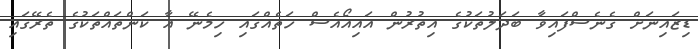
ޑިޒައިނަށް ގެނެސްފައިވާ ބަދަލުތަކުގެ އިތުރުން އައިއޯއެސް ހަތެއްގައި ހިމެނޭ އާ ކަންތައްތަކުގެ ތެރޭގައި